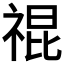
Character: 𥚛